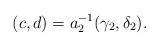
LaTeX: \begin{gather*}(c,d)=a_2^{-1}(\gamma_2,\delta_2).\end{gather*}